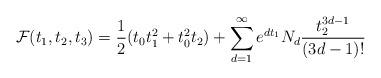
LaTeX: \begin{align*} \mathcal{F}(t_1,t_2,t_3) = \frac{1}{2} (t_0 t_1^2 + t_0^2 t_2) + \sum_{d=1}^\infty e^{dt_1} N_d \frac{t_2^{3d-1}}{(3d-1)!} \end{align*}